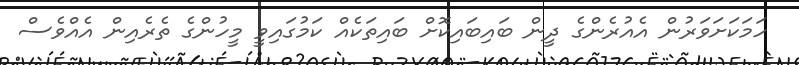
ހަމަކަށަވަރުން އެއުރެންގެ ދީން ބައިބައިކޮށް ބައިތަކެއް ކަމުގައިވީ މީހުންގެ ތެރެއިން އެއްވެސް